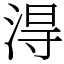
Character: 淂